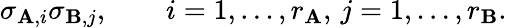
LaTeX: \sigma_{\mathbf{A},i}\sigma_{\mathbf{B},j},\qquad i=1,\ldots,r_{\mathbf{A}},\, j=1,\ldots,r_{\mathbf{B}}.